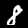
Label: 8